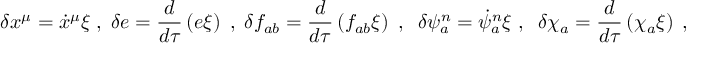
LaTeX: \delta x ^ { \mu } = { \dot { x } } ^ { \mu } \xi \; , \; \delta e = \frac { d } { d \tau } \left( e \xi \right) \; , \; \delta f _ { a b } = \frac { d } { d \tau } \left( f _ { a b } \xi \right) \; , \; \; \delta \psi _ { a } ^ { n } = \dot { \psi } _ { a } ^ { n } \xi \; , \; \; \delta { \chi } _ { a } = \frac { d } { d \tau } \left( \chi _ { a } \xi \right) \; ,